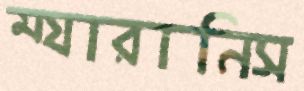
ম্যারানিস